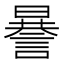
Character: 謈